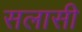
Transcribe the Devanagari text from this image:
सलासी